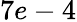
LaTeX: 7e-4